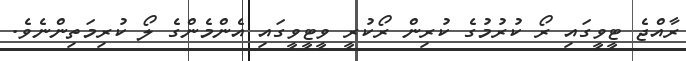
ރާއްޖެ ޓީވީގައި ރޯ ކުރުމުގެ ކުރިން ރޯކުުރީ ވީޓީވީގައި އެންމެންގެ ލޯ ކުރިމަތިންނެވެ.